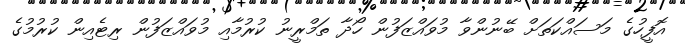
އޮފީހުގެ މަސައްކަތަށް ބޭނުންވާ މުވައްޒަފުން ހޯދާ ތަމްރީނު ކުރުމާއި މުވައްޒަފުން ރިޓެއިން ކުރުމުގެ